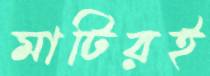
মাটিরই